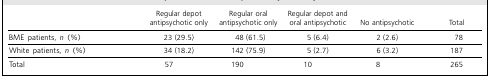
<table><thead><tr><td></td><td><b>Regular depotantipsychotic only</b></td><td><b>Regular oralantipsychotic only</b></td><td><b>Regular depot andoral antipsychotic</b></td><td><b>No antipsychotic</b></td><td><b>Total</b></td></tr></thead><tbody><tr><td>BME patients, <i>n</i> (%)</td><td>23 (29.5)</td><td>48 (61.5)</td><td>5 (6.4)</td><td>2 (2.6)</td><td>78</td></tr><tr><td>White patients, <i>n</i> (%)</td><td>34 (18.2)</td><td>142 (75.9)</td><td>5 (2.7)</td><td>6 (3.2)</td><td>187</td></tr><tr><td>Total</td><td>57</td><td>190</td><td>10</td><td>8</td><td>265</td></tr></tbody></table>